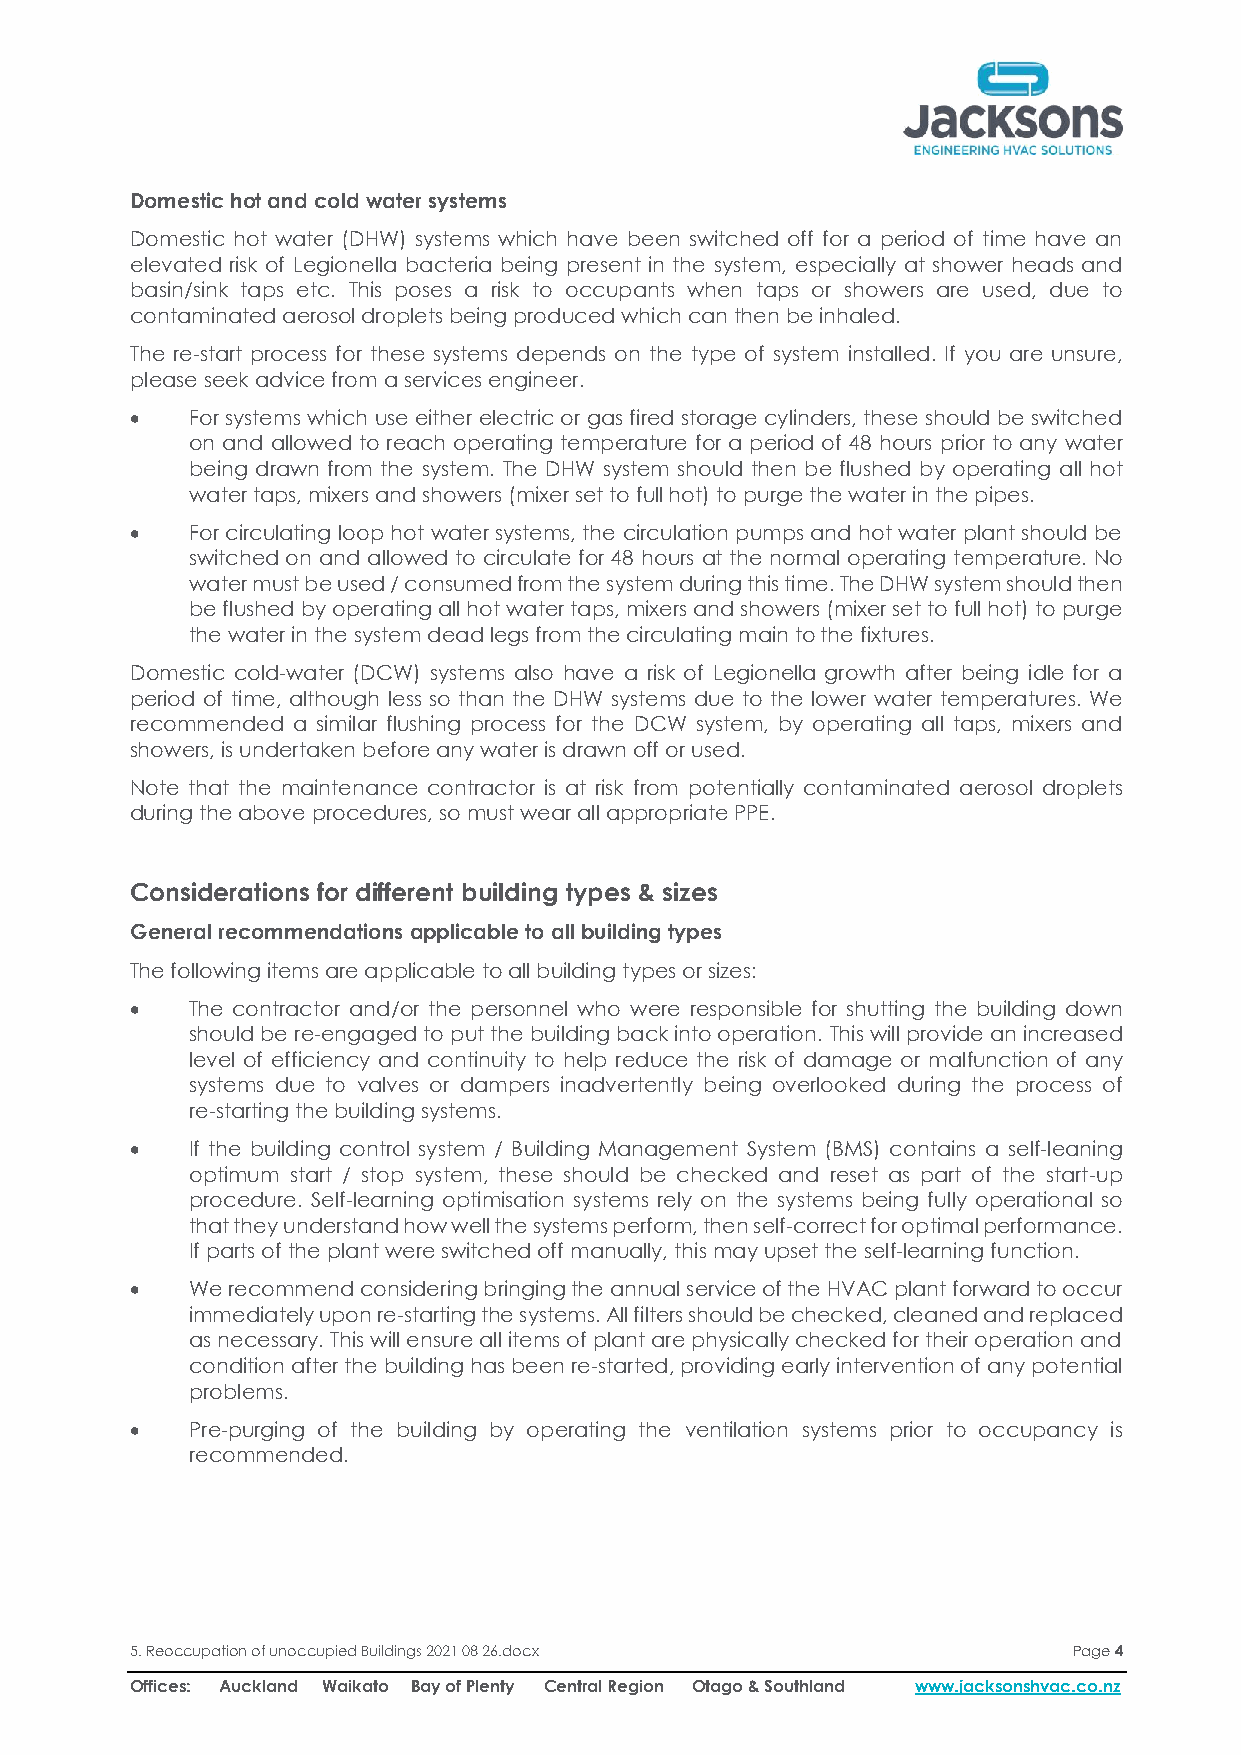
Domestic hot and cold water systems
 Domestic hot water (DHW) systems which have been switched off for a period of time have an
 elevated risk of Legionella bacteria being present in the system, especially at shower heads and
 basin/sink taps etc. This poses a risk to occupants when taps or showers are used, due to
 contaminated aerosol droplets being produced which can then be inhaled.
 The re-start process for these systems depends on the type of system installed. If you are unsure,
 please seek advice from a services engineer.
 •   For systems which use either electric or gas fired storage cylinders, these should be switched
 on and allowed to reach operating temperature for a period of 48 hours prior to any water
 being drawn from the system. The DHW system should then be flushed by operating all hot
 water taps, mixers and showers (mixer set to full hot) to purge the water in the pipes.
 •   For circulating loop hot water systems, the circulation pumps and hot water plant should be
 switched on and allowed to circulate for 48 hours at the normal operating temperature. No
 water must be used / consumed from the system during this time. The DHW system should then
 be flushed by operating all hot water taps, mixers and showers (mixer set to full hot) to purge
 the water in the system dead legs from the circulating main to the fixtures.
 Domestic cold-water (DCW) systems also have a risk of Legionella growth after being idle for a
 period of time, although less so than the DHW systems due to the lower water temperatures. We
 recommended a similar flushing process for the DCW system, by operating all taps, mixers and
 showers, is undertaken before any water is drawn off or used.
 Note that the maintenance contractor is at risk from potentially contaminated aerosol droplets
 during the above procedures, so must wear all appropriate PPE.
 Considerations for different building types & sizes
 General recommendations applicable to all building types
 The following items are applicable to all building types or sizes:
 •   The contractor and/or the personnel who were responsible for shutting the building down
 should be re-engaged to put the building back into operation. This will provide an increased
 level of efficiency and continuity to help reduce the risk of damage or malfunction of any
 systems due to valves or dampers inadvertently being overlooked during the process of
 re-starting the building systems.
 •   If the building control system / Building Management System (BMS) contains a self-leaning
 optimum start / stop system, these should be checked and reset as part of the start-up
 procedure. Self-learning optimisation systems rely on the systems being fully operational so
 that they understand how well the systems perform, then self-correct for optimal performance.
 If parts of the plant were switched off manually, this may upset the self-learning function.
 •   We recommend considering bringing the annual service of the HVAC plant forward to occur
 immediately upon re-starting the systems. All filters should be checked, cleaned and replaced
 as necessary. This will ensure all items of plant are physically checked for their operation and
 condition after the building has been re-started, providing early intervention of any potential
 problems.
 •   Pre-purging of the building by operating the ventilation systems prior to occupancy is
 recommended.
 5. Reoccupation of unoccupied Buildings 2021 08 26.docx       Page 4
 Offices: Auckland Waikato Bay of Plenty Central Region Otago & Southland www.jacksonshvac.co.nz